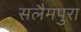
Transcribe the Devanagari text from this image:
सलैमपुरा